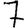
Digit: 7